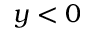
y < 0